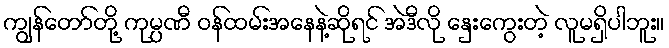
ကျွန်တော်တို့ ကုမ္ပဏီ ဝန်ထမ်းအနေနဲ့ဆိုရင် အဲဒီလို နှေးကွေးတဲ့ လူမရှိပါဘူး။